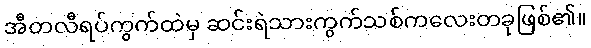
အီတလီရပ်ကွက်ထဲမှ ဆင်းရဲသားကွက်သစ်ကလေးတခုဖြစ်၏။